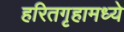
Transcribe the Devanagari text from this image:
हरितगृहामध्ये